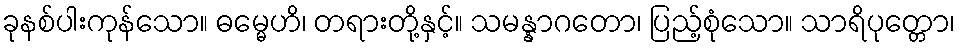
ခုနစ်ပါးကုန်သော။ ဓမ္မေဟိ၊ တရားတို့နှင့်။ သမန္နာဂတော၊ ပြည့်စုံသော။ သာရိပုတ္တော၊